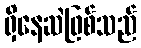
ရှိနေဆဲဖြစ်သည်